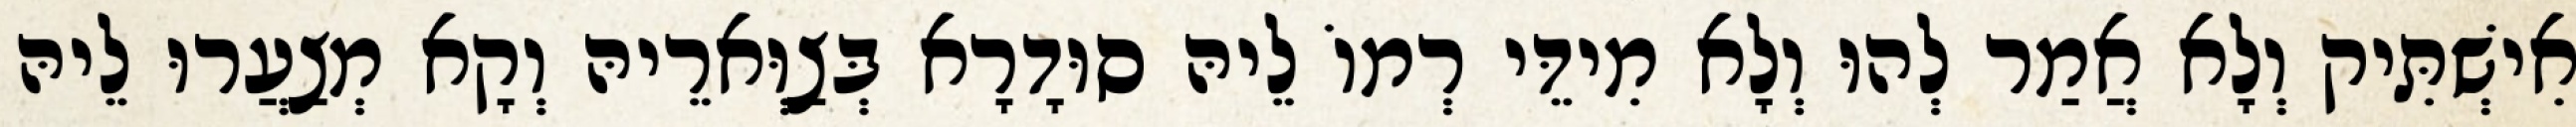
אִישְׁתִּיק וְלָא אֲמַר לְהוּ וְלָא מִידֵּי רְמוֹ לֵיהּ סוּדָרָא בְּצַוְּארֵיהּ וְקָא מְצַעֲרוּ לֵיהּ